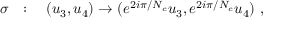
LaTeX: \sigma ~ ~ : \quad ( u _ { 3 } , u _ { 4 } ) \to ( e ^ { 2 i \pi / N _ { c } } u _ { 3 } , e ^ { 2 i \pi / N _ { c } } u _ { 4 } ) ~ ,